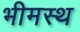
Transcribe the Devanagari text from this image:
भीमस्थ